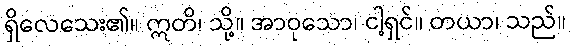
ရှိလေသေး၏။ ဣတိ၊ သို့။ အာဝုသော၊ ငါ့ရှင်။ တယာ၊ သည်။